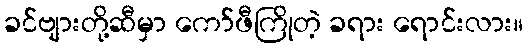
ခင်ဗျားတို့ဆီမှာ ကော်ဖီကြိုတဲ့ ခရား ရောင်းလား။